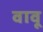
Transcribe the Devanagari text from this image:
वावू